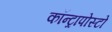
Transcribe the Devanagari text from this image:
कॉन्ट्रापोस्टो